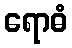
ရောဓံ